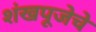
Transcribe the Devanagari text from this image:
शंखपूजेचे